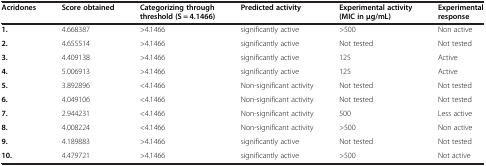
<table><thead><tr><td><b>Acridones</b></td><td><b>Score obtained</b></td><td><b>Categorizing through threshold (S = 4.1466)</b></td><td><b>Predicted activity</b></td><td><b>Experimental activity (MIC in μg/mL)</b></td><td><b>Experimental response</b></td></tr></thead><tbody><tr><td><b>1.</b></td><td>4.668387</td><td>&gt;4.1466</td><td>significantly active</td><td>&gt;500</td><td>Non active</td></tr><tr><td><b>2.</b></td><td>4.655514</td><td>&gt;4.1466</td><td>significantly active</td><td>Not tested</td><td>Not tested</td></tr><tr><td><b>3.</b></td><td>4.409138</td><td>&gt;4.1466</td><td>significantly active</td><td>125</td><td>Active</td></tr><tr><td><b>4.</b></td><td>5.006913</td><td>&gt;4.1466</td><td>significantly active</td><td>125</td><td>Active</td></tr><tr><td><b>5.</b></td><td>3.892896</td><td>&lt;4.1466</td><td>Non-significant activity</td><td>Not tested</td><td>Not tested</td></tr><tr><td><b>6.</b></td><td>4.049106</td><td>&lt;4.1466</td><td>Non-significant activity</td><td>Not tested</td><td>Not tested</td></tr><tr><td><b>7.</b></td><td>2.944231</td><td>&lt;4.1466</td><td>Non-significant activity</td><td>500</td><td>Less active</td></tr><tr><td><b>8.</b></td><td>4.008224</td><td>&lt;4.1466</td><td>Non-significant activity</td><td>&gt;500</td><td>Non active</td></tr><tr><td><b>9.</b></td><td>4.189883</td><td>&gt;4.1466</td><td>significantly active</td><td>Not tested</td><td>Not tested</td></tr><tr><td><b>10.</b></td><td>4.479721</td><td>&gt;4.1466</td><td>significantly active</td><td>&gt;500</td><td>Not active</td></tr></tbody></table>